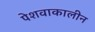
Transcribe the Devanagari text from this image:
पेशवाकालीन